Report on the administration of the Government Cinchona Department 1892-98
Year: 1892
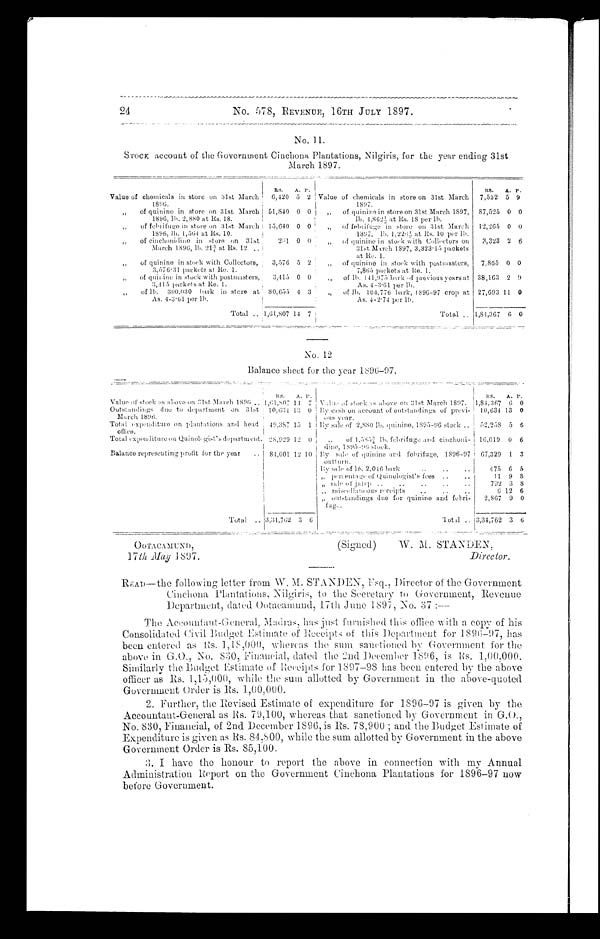
OOTACAMUND,
1 7th May 1897.
(Signed)
W. M. STANDEN;
Director.
24
No. 578, -REVENUE, 16TH JULY 1 897.
No. 11.
STOCK account of the Government Cinchona Plantations, Nilgiris, for the year ending :31st
March 1897.
Rs.
A. p.
Value of chemicals in store on 31st March
1896.
6,420 5 2
„
of quinine in store on 31st March
1896, lb. 2,880 at Rs, 18.
51,840 0 0 i
„
of febrifuge in store on 31st March
1896, lb. 1,564 at Rs. 10.
15,640 0 0
,,
of cinchonidine in store on 31st
March 1896, lb. 21¾ at Rs. 12 . .
261 0 0
„
of quinine in stock with Collectors,
3,576 . 31 packets ar Re. 1.
3,576 5 2
„
of quinine in stock with postmasters,
3,415 packets at Re. 1.
.
3,415 0 0
,,
of lb. 300,030 bark in store at '
As.4-3.61 per lb.
!
80 655
,
4 3
Total ..
;
1,61,507 14 7
Rs.
A. P.
Value of chemicals in store on 31st March
1897.
7,532 5 9
„
of quinine in store on 31st March 1897,
11). 4,862½ at Rs. 18 per lb.
87,525 0 0
„
of febrifuge in store on 31st March
1897, lb. 1,226.½ at, Rs. 10 per 1b.
12,265 0 0
„
of quinine in stock with Collectors on
31st, March 1897, 3,323-15 packets
at Re. 1.
3,323 2 6
of quinine in stock with postmasters,
7,865 packets at, Re. 1.
7,865 0 0
„
of lb. 141,975 ba r k o f p r e v i o u s y e a r s a t
As. 4-3 . 61 per lb.
38,163 2 9
u
of lb. 104,776
b a r k ,
1 8 9 6-
9 7
c r o p
a t
As. 4-2 . 74 per lb.
27,693 11 0
Total
1,84,367 6 0
No. 12
Balance sheet for the year 1896-97.
R s .
A. P'.
Value of stock:as above on 31st, March 1896 .. 1 , 61807 I 4 7
Outstandings due to department on 31st
March 1896.
10,634 13 0
Total expenditure on plantations and head
office.
: 49,387 ,
15 1
Total expenditure on Quinologist's department. 28,929 12
0
Balance representing profit for the year
..
84,001 12 10
Total
. ,3,34,762 3 6
RS.
A. P.
Va1ae of stock
a s a b o v e o n 3 1 s t M a r c h 1 8 9 7 . 1,84,367 6 0
By cash on account of outstandings of previ- i
ous year.
10,634 13 0
By sale of 2,880 lb. quinine, 1895-96 stock. 52,258 5 6
„
of 1.585¾ l b . f e b r i f u g e ; a n d
c i n c h o n i -
dine, 1895-96 stock.
16,019 0 6
By sale of quinine and febrifuge, 1896-97
outturn.
67,329 1 3
By sale of 16. 2,046 bark. • •
• •
475 6 5
„ Percentage of Quinologist's fees ..
..
!1 9 S
„ sale of jalap .,
*,*
- •
"
..
792 3 8
.
„ iniseelancous rccmpts
....
..
t6 1 2
6
,, out standings due for quinine and. febri-
fug,...
2,867 9 0
Total .. 3,34,762 3 6
READ-—the following letter from W.M. STANDEN, Esq., Director of the Government
Cinchona Plantations, Nilgiris, to the Secretary to Government, Revenue
Department, dated Ootacamund, 17th June 1897, - No. 37:—
T The Accountant-General, Madras, has just furnished this office with a cop y o f h i s
Consolidated Civil Budget Estimate of Receipts of this Department for 1896-97, has
been entered as Rs. 1, 18, 000, whereas the sum sancti oned by Government for the
above in G.O., No. 830, Financial, dated the 2nd December 1896, is Rs. 1,00,000.
Similarly the Budget Estimate of Receipts for 1897-98 has been entered b y the above
officer as Rs. 1,15,000, while the sum allotted by Government in the above-quoted
Government Order is Rs. 1,00,000.
2. Further, the Revised Estimate of expenditure for 1896-97 is given by the
Accountant-General as Rs. 79,100, whereas that sanctioned by Government in G.O.,
No. 830, Financial, of 2nd December 1896, is Rs. 78,900 ; and the Budget Estimate of
Expenditure is given as Rs. 84 ,8 00, while the sum allotted by Government in the above
Government Order is Rs. 85,100.
3 . I h a v e t h e h o n o u r t o r e p o r t t h e a b o v e i n c o n n e c t i o n w i t h m y A n n u a l
T
Administration Report on the Government Cinchona Plantations for 1896-97 now
before Government.